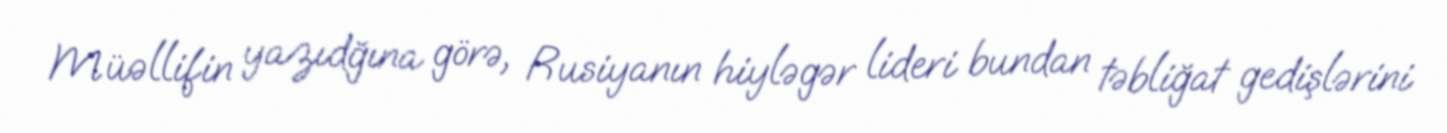
Müəllifin yazıdğına görə, Rusiyanın hiyləgər lideri bundan təbliğat gedişlərini